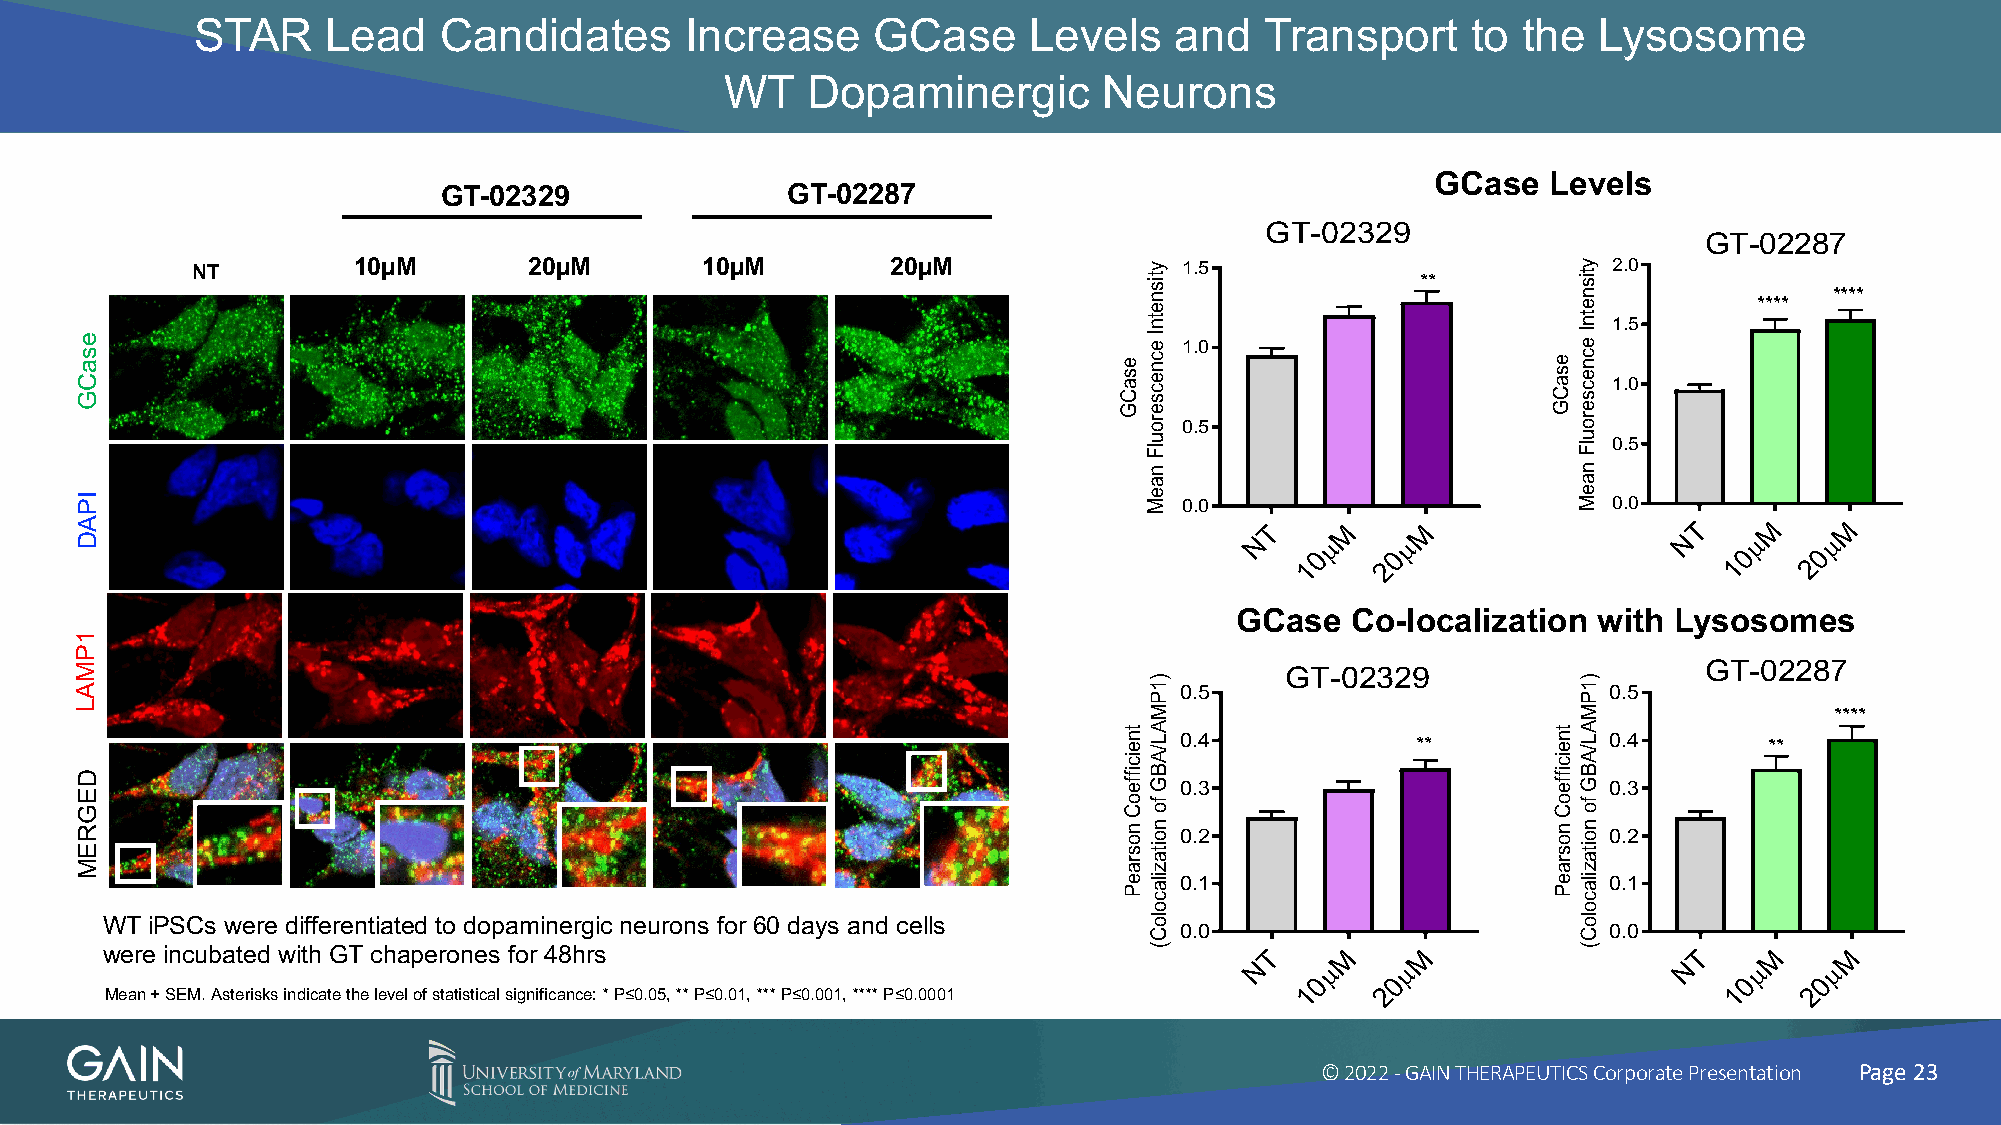
STAR     Lead   Candidates      Increase     GCase     Levels    and   Transport    to  the  Lysosome
 WT   Dopaminergic        Neurons
 GCase  Levels
 GT-02329               GT-02287
 GT-02329
 GT-02287
 NT        10µM        20µM       10µM         20µM               1.5                          2.0
 **
 ****
 ****
 1.5
 1.0
 1.0
 0.5
 0.5
 0.0                          0.0
 T    M    M                 T    M    M
 N    µ    µ                 N    µ    µ
 0    0                      0    0
 1    2                      1    2
 GCase  Co-localization  with Lysosomes
 GT-02287
 GT-02329
 0.5                          0.5
 ****
 0.4             **           0.4       **
 0.3                          0.3
 0.2                          0.2
 0.1                          0.1
 WT iPSCs were differentiated to dopaminergic neurons for 60 days and cells
 0.0                          0.0
 were incubated with GT chaperones for 48hrs                                  T    M    M                 T    M    M
 N    µ    µ                 N    µ    µ
 0    0                      0    0
 Mean + SEM. Asterisks indicate the level of statistical significance: * P≤0.05, ** P≤0.01, *** P≤0.001, **** P≤0.0001 1 2 1 2
 © 2022 -GAIN THERAPEUTICS Corporate Presentation Page 23
 esaCG
 IPAD
 1PMAL
 DEGREM
 esaCG
 tneiciffeoC
 nosraeP
 ytisnetnI
 ecnecseroulF
 naeM
 )1PMAL/ABG
 fo
 noitazilacoloC(
 esaCG
 tneiciffeoC
 nosraeP
 ytisnetnI
 ecnecseroulF
 naeM
 )1PMAL/ABG
 fo
 noitazilacoloC(